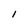
Character: 1